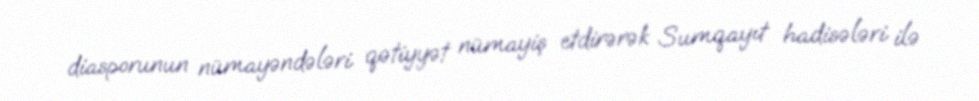
diasporunun nümayəndələri qətiyyət nümayiş etdirərək Sumqayıt hadisələri ilə